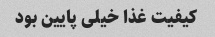
کیفیت غذا خیلی پایین بود